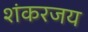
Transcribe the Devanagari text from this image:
शंकरजय